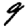
Digit: 9